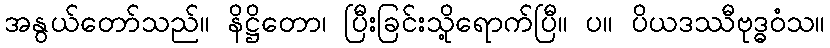
အနွယ်တော်သည်။ နိဋ္ဌိတော၊ ပြီးခြင်းသို့ရောက်ပြီ။ ပ။ ပိယဒဿီဗုဒ္ဓဝံသ။